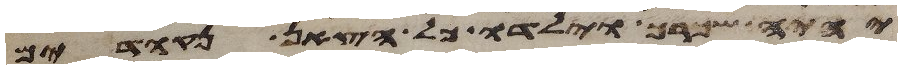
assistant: יהיה שכרך וילדו כל הצאן נקודים